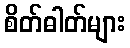
စိတ်ဓါတ်များ